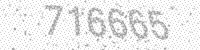
Solution: 716665